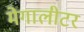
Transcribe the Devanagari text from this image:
मेगालीटर